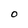
Character: O